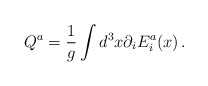
\begin{align*}Q^a=\frac1{g}\int d^3x\partial_i E_i^a(x)\,.\end{align*}